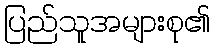
ပြည်သူအများစု၏